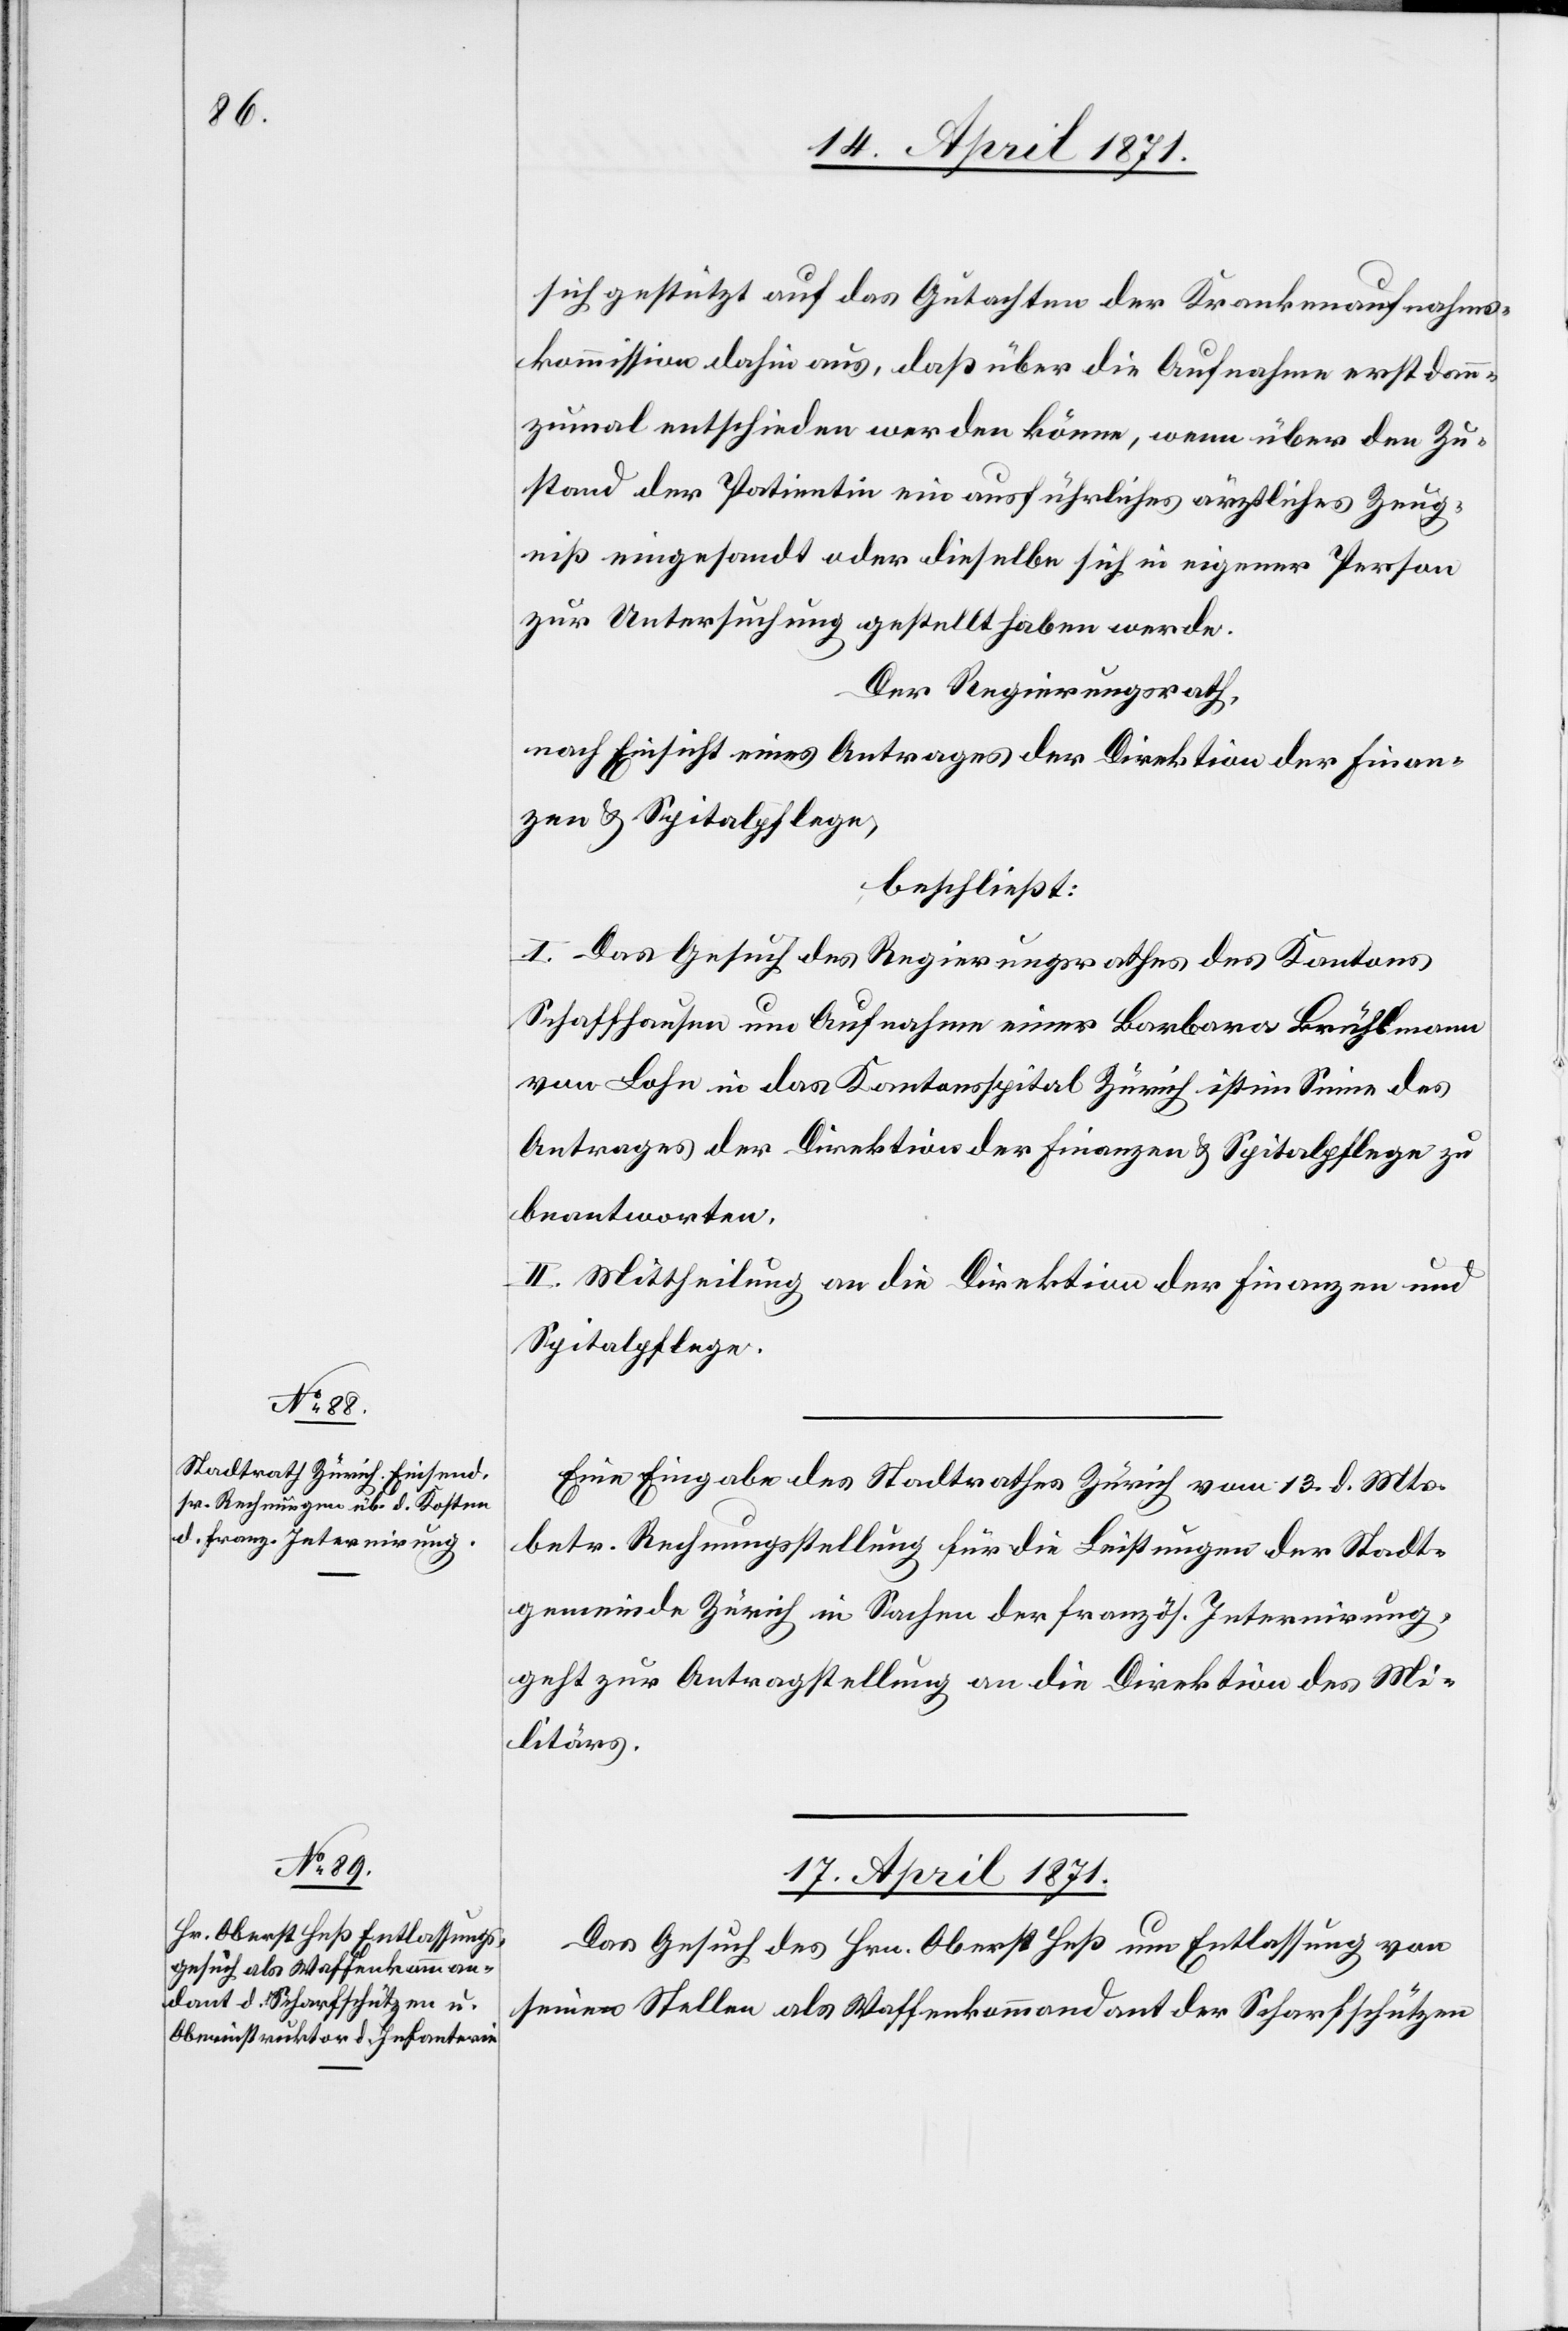
16. April 1871.]
sich gestützt auf das Gutachten der Krankenaufnahms¬
kommission dahin aus, daß über die Aufnahme erst dann¬
zumal entschieden werden könne, wenn über den Zu¬
stand der Patientin ein ausführliches ärztliches Zeug¬
niß eingesandt oder dieselbe sich in eigener Person
zur Untersuchung gestellt haben werde.
Der Regierungsrath,
nach Einsicht eines Antrages der Direktion der Finan¬
zen u. Spitalpflege,
beschließt:
I. Das Gesuch des Regierungsrathes des Kantons
Schaffhausen um Aufnahme einer Barbara Brühlmann
von Lohn in das Kantonsspital Zürich ist im Sinne des
Antrages der Direktion der Finanzen u. Spitalpflege zu
beantworten.
II. Mittheilung an die Direktion der Finanzen und
Spitalpflege.
Eine Eingabe des Stadtrathes Zürich vom 13. d. Mts.
betr. Rechnungsstellung für die Leistungen der Stadt¬
gemeinde Zürich in Sachen der französ. Internirung
geht zur Antragstellung an die Direktion des Mi¬
litärs.
17. April 1871.
Das Gesuch des Hrn. Oberst Heß um Entlassung von
seinen Stellen als Waffenkommandant der Scharfschützen